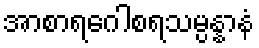
အာစာရဂေါစရသမ္ပန္နာနံ